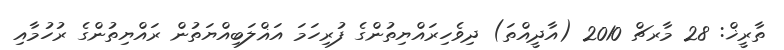
ތާރީޚް: 28 މާރޗް 2010 (އާދީއްތަ) ދިވެހިރައްޔިތުންގެ ފުރިހަމަ އަޣްލަބިއްޔަތުން ރައްޔިތުންގެ ރުހުމާއި